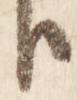
臣